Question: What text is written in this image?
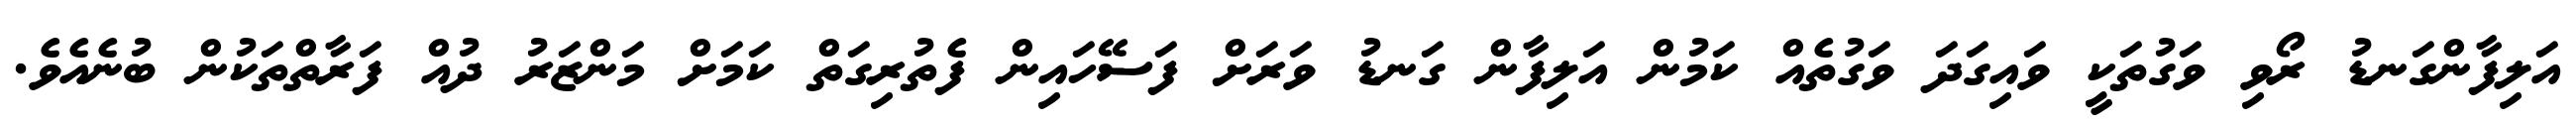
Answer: އަލިފާންގަނޑު ރޯވި ވަގުތަކީ ވައިގަދަ ވަގުތެއް ކަމުން އަލިފާން ގަނޑު ވަރަށް ފަސޭހައިން ފެތުރިގަތް ކަމަށް މަންޒަރު ދުއް ފަރާތްތަކުން ބުނެއެވެ.